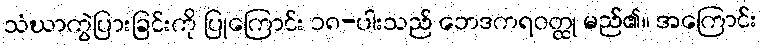
သံဃာကွဲပြားခြင်းကို ပြုကြောင်း ၁၈-ပါးသည် ဘေဒကရဝတ္ထု မည်၏။ အကြောင်း